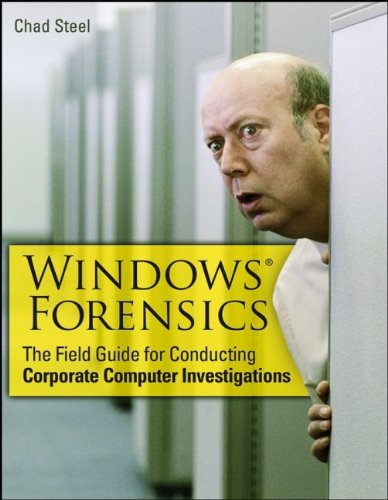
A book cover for Windows Forensics: The Field Guide for Corporate Computer Investigations; Chad Steel; Computers & Technology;